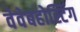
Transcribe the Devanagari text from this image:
वेवेबहोस्टिंग